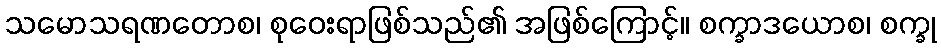
သမောသရဏတောစ၊ စုဝေးရာဖြစ်သည်၏ အဖြစ်ကြောင့်။ စက္ခာဒယောစ၊ စက္ခု